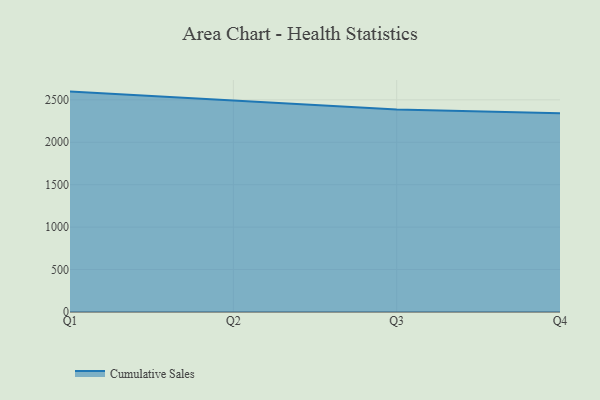
{"axis": {"x": "Quarter", "y": "Population (Million)"}, "legend": ["Cumulative Sales"], "data": [{"x": "Q1", "y": 2596.8, "type": "Cumulative Sales"}, {"x": "Q2", "y": 2491.6, "type": "Cumulative Sales"}, {"x": "Q3", "y": 2387.0, "type": "Cumulative Sales"}, {"x": "Q4", "y": 2342.9, "type": "Cumulative Sales"}]}